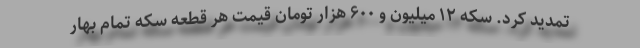
تمدید کرد. سکه ۱۲ میلیون و ۶۰۰ هزار تومان قیمت هر قطعه سکه تمام بهار